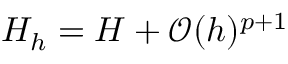
H _ { h } = H + \mathcal { O } ( h ) ^ { p + 1 }